Scottish Leaving Certificate Examination, 1956
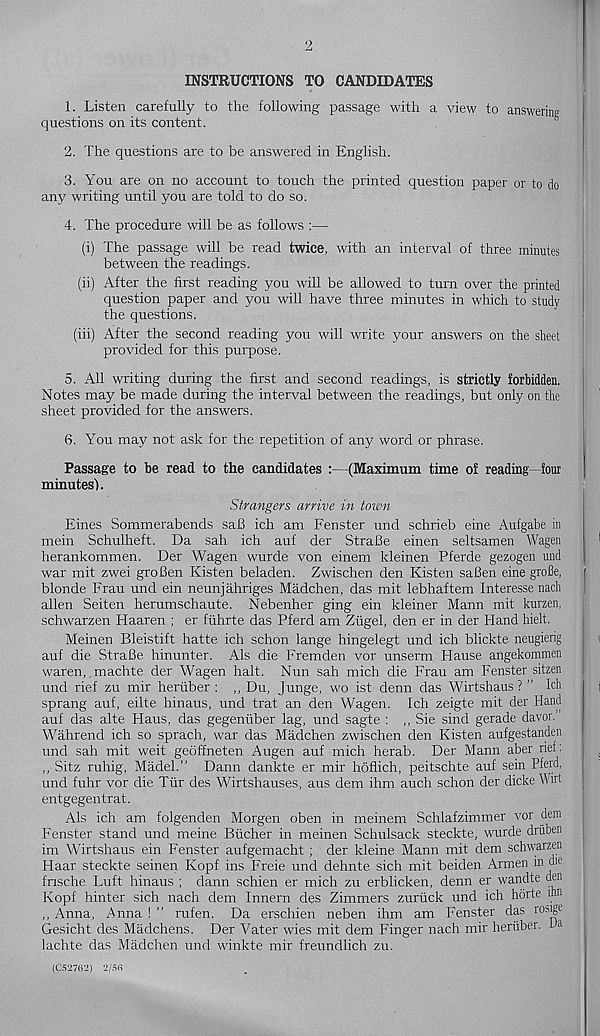
2
INSTRUCTIONS TO CANDIDATES
1. Listen carefully to the following passage with a view to answering
questions on its content.
2. The questions are to be answered in English.
3. You are on no account to touch the printed question paper or to do
any writing until you are told to do so.
4. The procedure will be as follows :—•
(i) The passage will be read twice, with an interval of three minutes
between the readings.
(ii) After the first reading you will be allowed to turn over the printed
question paper and you will have three minutes in which to study
the questions.
(iii) After the second reading you will write your answers on the sheet
provided for this purpose.
5. All writing during the first and second readings, is strictly forbidden.
Notes may be made during the interval between the readings, but only on the
sheet provided for the answers.
6. You may not ask for the repetition of any word or phrase.
Passage to be read to the candidates :—(Maximum time of reading—four
minutes).
Strangers arrive in town
Eines Sommerabends saB ich am Fenster und schrieb eine Aufgabe in
mein Schulheft. Da sah ich auf der StraBe einen seltsamen Wagen
herankommen. Der Wagen wurde von einem kleinen Pferde gezogen und
war mit zwei groBen Kisten beladen. Zwischen den Kisten saBen eine grofie,
blonde Frau und ein neunjahriges Madchen, das mit lebhaftem Interesse nach
alien Seiten herumschaute. Nebenher ging ein kleiner Mann mit kurzen,
schwarzen Haaren ; er fiihrte das Pferd am Ziigel, den er in der Hand Melt.
Meinen Bleistift hatte ich schon lange hingelegt und ich blickte neugierig
auf die StraBe hinunter. Als die Fremden vor unserm Hause angekommen
waren, .machte der Wagen halt. Nun sah mich die Frau am Fenster sitzen
und rief zu mir heriiber : ,, Du, Junge, wo ist denn das Wirtshaus ? ” Ich
sprang auf, elite hinaus, und trat an den Wagen. Ich zeigte mit der Hand
auf das alte Haus, das gegeniiber lag, und sagte : ,, Sie sind gerade davor.
Wahrend ich so sprach, war das Madchen zwischen den Kisten aufgestanden
und sah mit weit geoffneten Augen auf mich herab. Der Mann aber rief:
,, Sitz ruhig, Madel.” Dann dankte er mir hoflich, peitschte auf sein Pferd,
und fuhr vor die Tiir des Wirtshauses, aus dem ihm auch schon der dicke li nt
entgegentrat.
Als ich am folgenden Morgen oben in meinem Schlafzimmer vor dem
Fenster stand und meine Bucher in meinen Schulsack steckte, wurde driiben
im Wirtshaus ein Fenster aufgemacht ; der kleine Mann mit dem schwarzen
Haar steckte seinen Kopf ins Freie und dehnte sich mit beiden Armen M die
fnsche Luft hinaus ; dann schien er mich zu erblicken, denn er wandte den
Kopf hinter sich nach dem Innern des Zimmers zuriick und ich horte inn
,, Anna, Anna ! ” rufen. Da erschien neben ihm am Fenster das rosige
Gesicht des Madchens. Der Vater wies mit dem Finger nach mir heruber. fa
lachte das Madchen und winkte mir freundlich zu.
(052702) 2/5fi